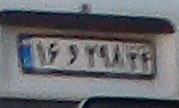
۱۶و۲۹۸۳۴